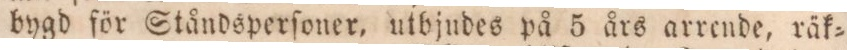
bygd för Ståndsperſoner, utbjudes på 5 års arrende, räk=